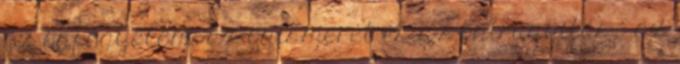
az önfegyelem, az önismeret és az önirányítás – az